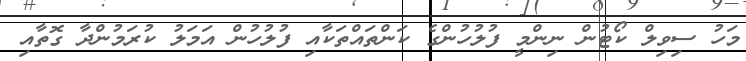
މަހު ސިވިލް ކޯޓުން ނިންމީ ފުލުހުންގެ ކަންތައްތަކާއި ފުލުހުން އަމަލު ކުރަމުންދާ ގޮތާއި